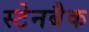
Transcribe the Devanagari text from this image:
स्टेनबैक